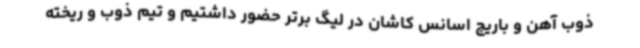
ذوب آهن و باریج اسانس کاشان در لیگ برتر حضور داشتیم و تیم ذوب و ریخته